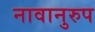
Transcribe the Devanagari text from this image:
नावानुरुप